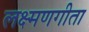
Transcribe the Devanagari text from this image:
लक्ष्मणगीता